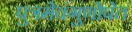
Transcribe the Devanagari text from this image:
पुत्रमेवंगुणोपेतं